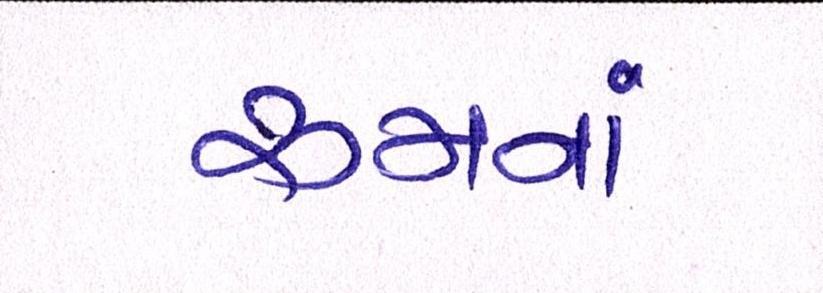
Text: રૂમનાં